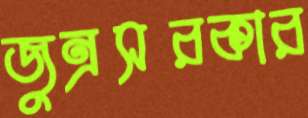
জুন্রসরকার